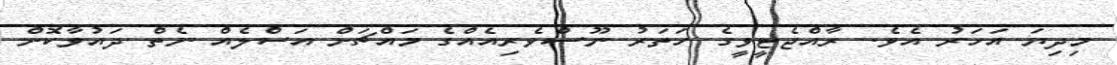
މިދިޔަ އަހަރު އެވެ. ރާއްޖެޓީވީގެ ހަތަރު ނޫސްވެރިއެއްގެ މައްޗަށް އަސްލެއް ނެތް ދައުވާކޮށް